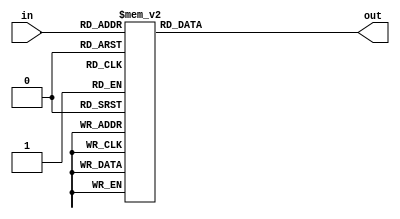
module Decoder_1(in,out);

input 	[3:0] in;
output   [8:0] out ;

reg [8:0] out ;

always @(*)  begin
	case (in )
	4'b0000 : out = 7'b000111111; 	// 0
	4'b0001 : out = 7'b000000110; 	// 1
	4'b0010 : out = 7'b001011011; 	// 2
	4'b0011 : out = 7'b001001111; 	// 3
	4'b0100 : out = 7'b001100110; 	// 4
	4'b0101 : out = 7'b001101101; 	// 5
	4'b0110 : out = 7'b001111101; 	// 6
	4'b0111 : out = 7'b000000111; 	// 7
	4'b1000 : out = 7'b001111111; 	// 8
	4'b1001 : out = 7'b001100111; 	// 9
	4'b1010 : out = 7'b001110111; 	// A
	4'b1011 : out = 7'b001111100; 	// b
	4'b1100 : out = 7'b000111001; 	// C
	4'b1101 : out = 7'b001011110; 	// d
	4'b1110 : out = 7'b001111001; 	// E
	4'b1111 : out = 7'b001110001; 	// F
	default : out = 7'b000000000;
	
	endcase
	end
endmodule